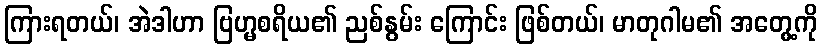
ကြားရတယ်၊ အဲဒါဟာ ဗြဟ္မစရိယ၏ ညစ်နွမ်း ကြောင်း ဖြစ်တယ်၊ မာတုဂါမ၏ အတွေ့ကို